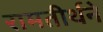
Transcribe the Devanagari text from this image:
रामतीर्थने